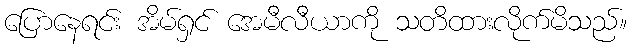
ပြောနေရင်း အိမ်ရှင် အေမီလီယာကို သတိထားလိုက်မိသည်။